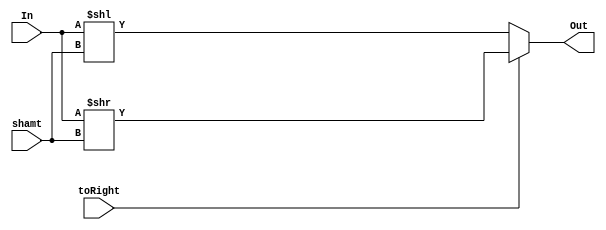
module Shifter(In, shamt, toRight, Out);
    parameter n = 4;
    input[n - 1 : 0] In;
    input[$clog2(n) - 1 : 0] shamt;
	 input toRight;
    output[n - 1 : 0] Out;
    assign Out = toRight ? (In >> shamt) : (In << shamt);
endmodule